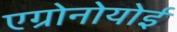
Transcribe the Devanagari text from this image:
एग्रोनोयोई